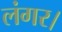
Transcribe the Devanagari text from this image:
लंगर।